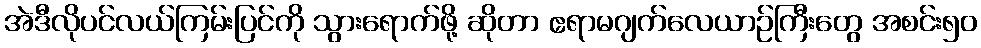
အဲဒီလိုပင်လယ်ကြမ်းပြင်ကို သွားရောက်ဖို့ ဆိုတာ ဧရာမဂျက်လေယာဉ်ကြီးတွေ အစင်း၅၀